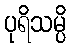
ပုရိသမ္ပိ